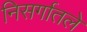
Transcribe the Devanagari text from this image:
निसर्गातले